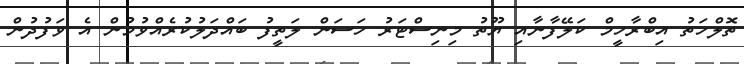
ތޮލްހަތު އިބްރާހީމް ކަލޭފާނާއި ޔޫތު މިނިސްޓަރު ހަސަން ލަތީފު ބައްދަލުކުރެއްވުމުން އެ ވަފުދުން